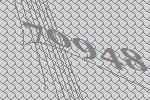
70948